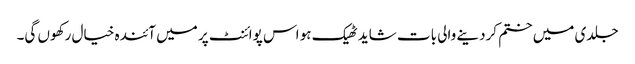
جلدی میں ختم کردینے والی بات شاید ٹھیک ہو اس پوائنٹ پر میں آئندہ خیال رکھوں گی۔